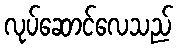
လုပ်ဆောင်လေသည်